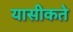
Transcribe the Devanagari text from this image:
यासीकते